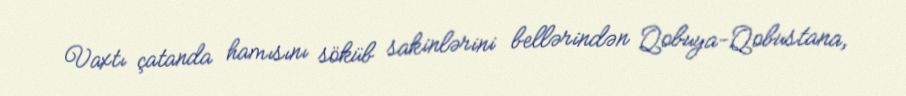
Vaxtı çatanda hamısını söküb sakinlərini bellərindən Qobuya-Qobustana,